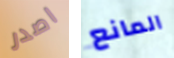
اصدر المانع